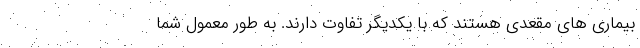
بیماری های مقعدی هستند که با یکدیگر تفاوت دارند. به طور معمول شما